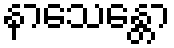
နာသေန္တော